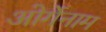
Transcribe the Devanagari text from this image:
ओर्गेनाम